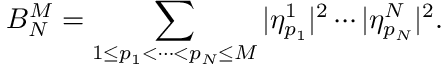
B _ { N } ^ { M } = \sum _ { 1 \leq p _ { 1 } < \cdots < p _ { N } \leq M } | \eta _ { p _ { 1 } } ^ { 1 } | ^ { 2 } \cdots | \eta _ { p _ { N } } ^ { N } | ^ { 2 } .